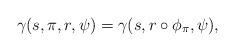
LaTeX: \begin{align*} \gamma(s,\pi,r,\psi) = \gamma(s,r \circ \phi_\pi,\psi),\end{align*}